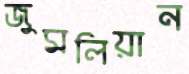
জুমলিয়ান